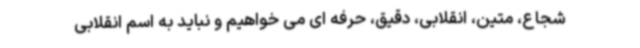
شجاع، متین، انقلابی، دقیق، حرفه ای می خواهیم و نباید به اسم انقلابی